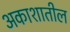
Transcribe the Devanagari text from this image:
अकाशातील